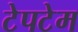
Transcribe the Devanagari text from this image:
टेपटेम